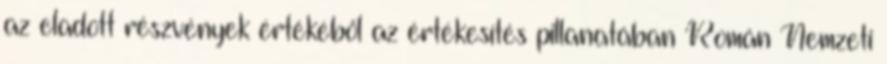
az eladott részvények értékéből az értékesítés pillanatában Román Nemzeti